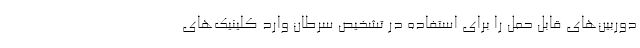
دوربین‌های قابل حمل را برای استفاده در تشخیص سرطان وارد کلینیک‌های